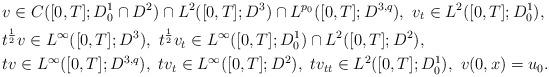
LaTeX: \begin{align*}&v\in C([0,T];D^1_0\cap D^2)\cap L^2([0,T];D^3)\cap L^{p_0}([0,T];D^{3,q}),\ v_t\in L^2([0,T];D^1_0),\\&t^{\frac{1}{2}}v\in L^\infty([0,T];D^3),\ t^{\frac{1}{2}}v_t\in L^\infty([0,T];D^1_0) \cap L^2([0,T];D^2),\\& tv\in L^\infty([0,T];D^{3,q}),\ tv_t\in L^\infty([0,T];D^2),\ tv_{tt}\in L^2([0,T];D^1_0),\ v(0,x)=u_0.\end{align*}